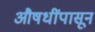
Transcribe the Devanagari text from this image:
औषधींपासून